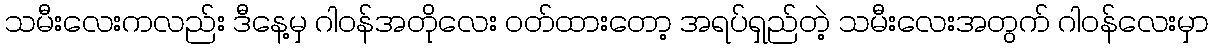
သမီးလေးကလည်း ဒီနေ့မှ ဂါဝန်အတိုလေး ဝတ်ထားတော့ အရပ်ရှည်တဲ့ သမီးလေးအတွက် ဂါဝန်လေးမှာ